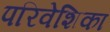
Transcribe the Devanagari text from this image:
परिवेशिका